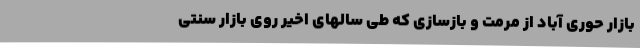
بازار حوری آباد از مرمت و بازسازی که طی سالهای اخیر روی بازار سنتی